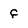
Character: f